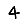
Digit: 4